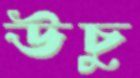
উঁচুু